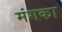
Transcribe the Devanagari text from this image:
मंगका